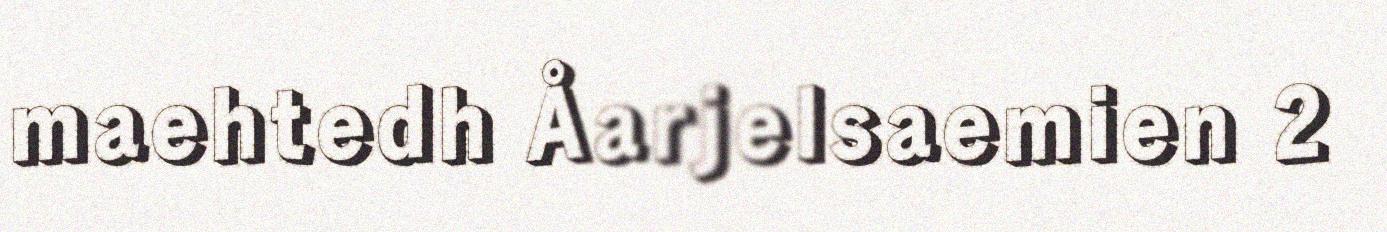
maehtedh Åarjelsaemien 2